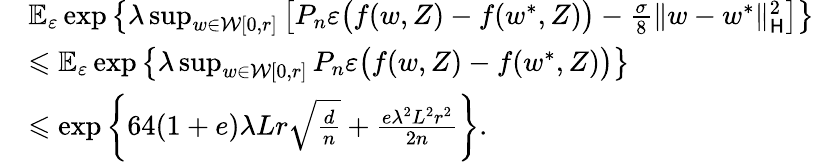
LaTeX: \begin{array}{rl}&{\mathbb E_{\varepsilon}\exp\left\{ \lambda\operatorname*{sup}_{w\in\mathcal W[0,r]}\left[P_{n}\varepsilon\big(f(w,Z)-f(w^{*},Z)\big)-\frac{\sigma}8\| w-w^{*}\| _{\mathsf H}^{2}\right]\right\} }\\ &{\leqslant\mathbb E_{\varepsilon}\exp\left\{ \lambda\operatorname*{sup}_{w\in\mathcal W[0,r]}P_{n}\varepsilon\big(f(w,Z)-f(w^{*},Z)\big)\right\} }\\ &{\leqslant\exp\left\{ 64(1+e)\lambda Lr\sqrt{\frac{d}n}+\frac{e\lambda^{2}L^{2}r^{2}}{2n}\right\} .}\end{array}